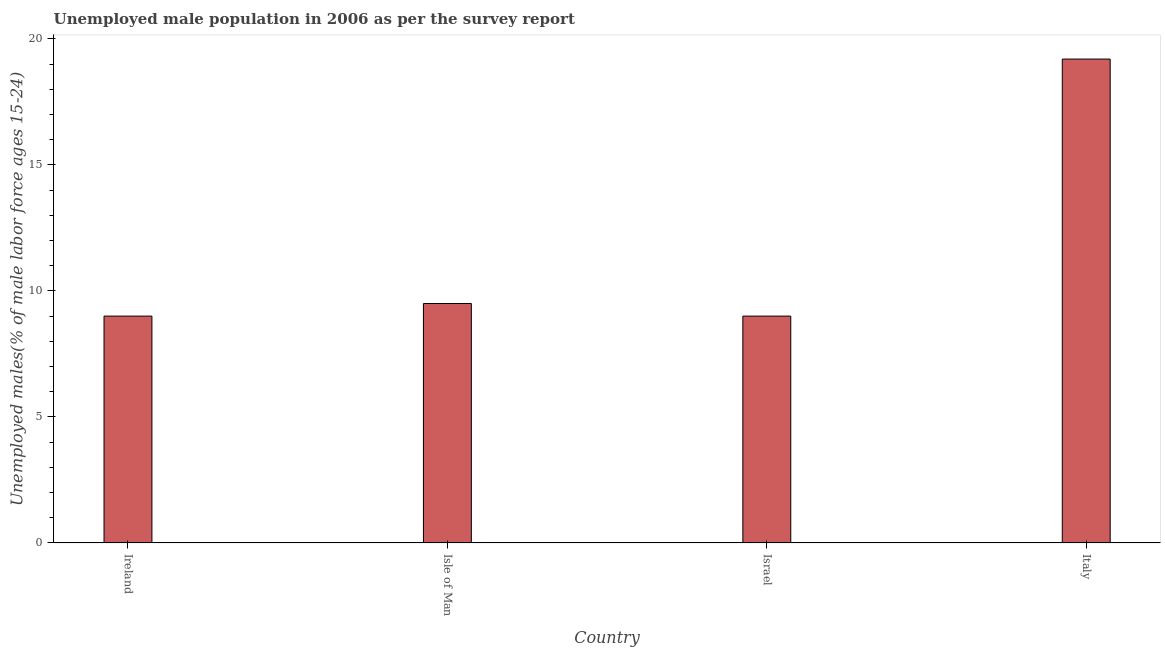
| Country | Unemployment youth male |
 | --- | --- |
 | Ireland | 9 |
 | Isle of Man | 9.5 |
 | Israel | 9 |
 | Italy | 19.2 |